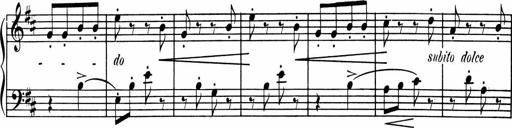
Title: 1Ã¨re Sonatine
Composer: FrÃ©dÃ©ric Binet